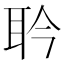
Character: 耹